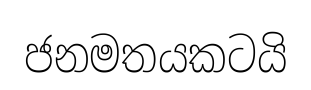
ජනමතයකටයි